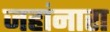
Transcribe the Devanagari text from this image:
जहांनारा